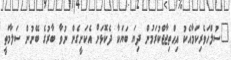
"ސުލްހަވެރިކަމާއެކު އިޙްތިޖާޖްކުރަމުން ދިޔަ ބަޔަކާ ދެކޮޅަށް އެކަށީގެން ނުވާ ބާރުގެ ބޭނުން ސަލާމަތީ